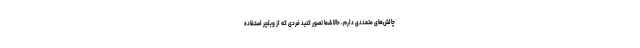
چالش‌های متعددی دارم، حالا شما تصور کنید فردی که از ویلچر استفاده